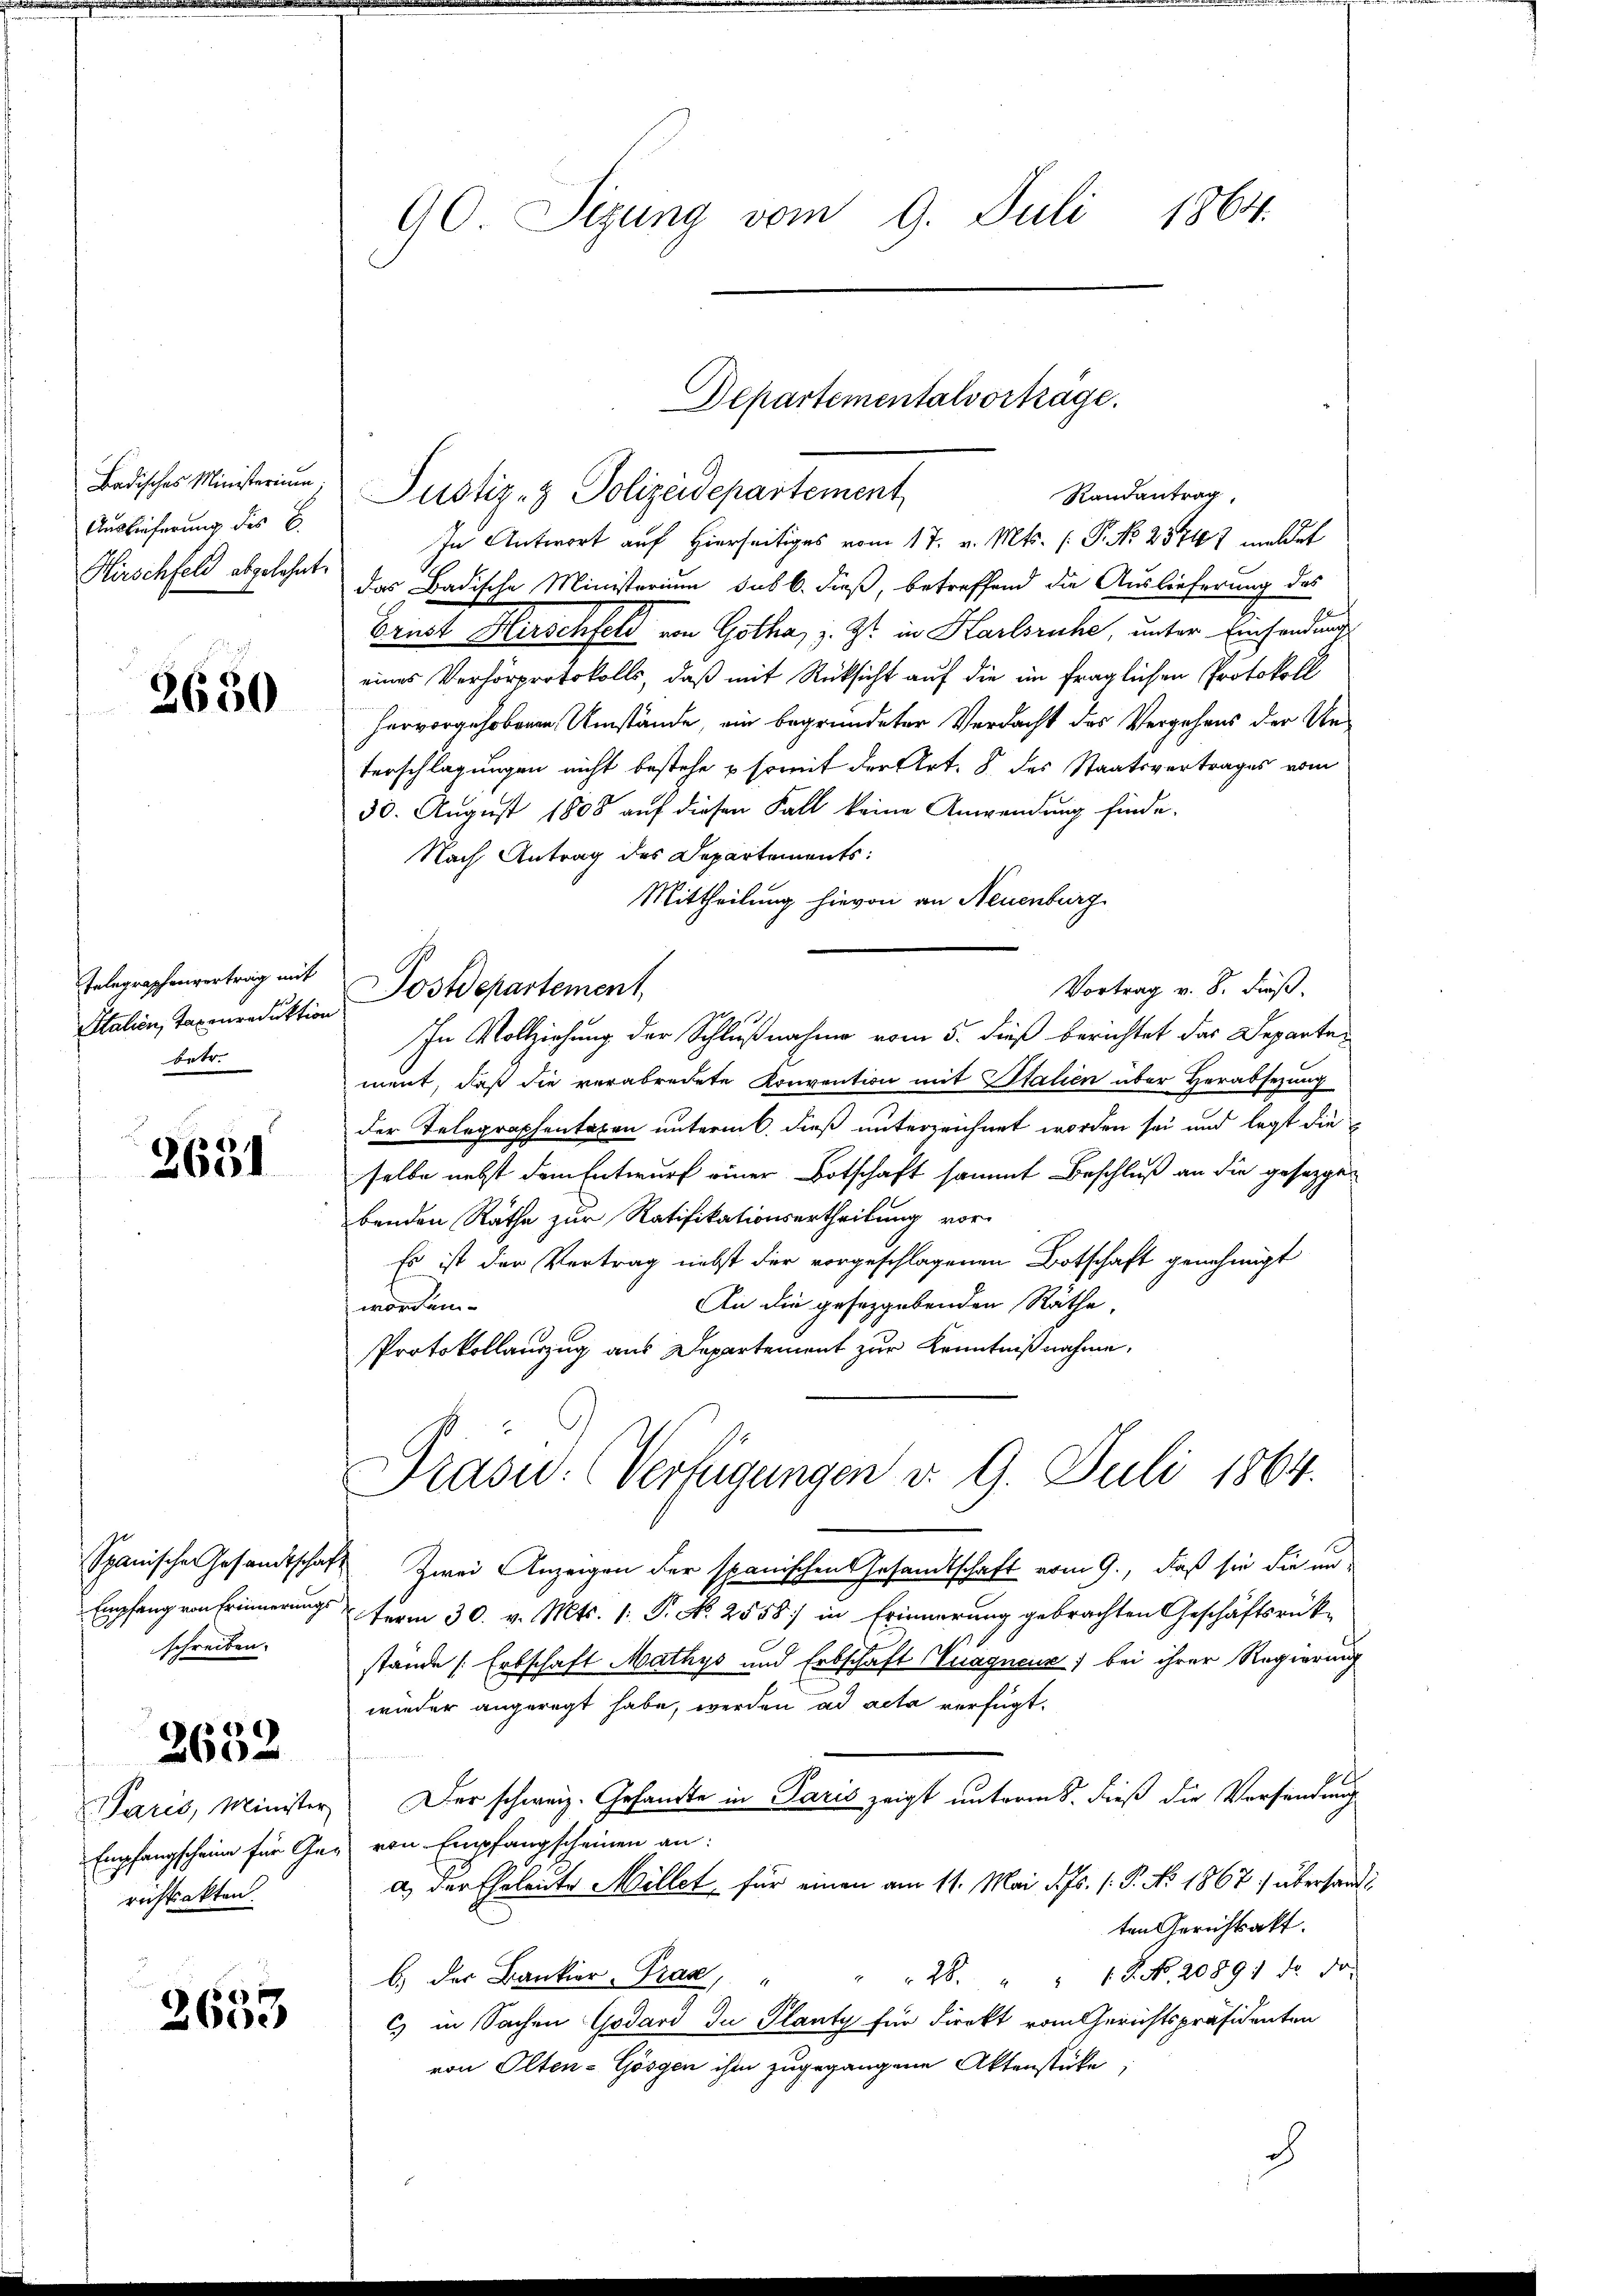
Badisches Ministerium.
Auslieferung des C.
Hirschfeld abgelehnt.

2650

Telegraphenvertrag mit
Italien, Taxenreduktion
betr.

2651

Spanische Gesandtschaf
schreiben.

2632

Paris, Minister
Empfangscheine für Gerichtsakten.

2653

90 Sizung vom 9. Juli 1864.

Randantrag,
In Antwort auf Hierseitiges vom 17. v. Mts. ( P. No 25747 meldet
das Badische Ministerium sub b. dieß, betreffend die Auslieferung des
Brust Herschfeld von Gotha, z. Zt. in Karlsruhe, unter Einsendung
eines Verhörprotokolls, daß mit Rücksicht auf die im fraglichen Protokoll
hervorgehobenen Umstände, ein begründeter Verdacht des Vergehens der Ue¬
Verschlagungen nicht bestehe & somit der Art. 8 des Staatsvertrages vom
30. August 1808 auf diesen Fall keine Anwendung finde.
Nach Antrag des Departements:
Mittheilung hievon an Neuenburg
Vortrag v. 8. dieß.
Postdepartement,
In Vollziehung der Schlußnahme vom 5. dieß berichtet das Departen
ment, daß die verabredete Konvention mit Stalien über Herabsezung
der Telegraphentaren unterm 6. dieß unterzeichnet worden sei und legt die
selbe nebst dem Entwurf einer Botschaft sammt Beschluß an die gesetzgebenden Räthe zur Ratifikationsertheilung vor-
Es ist der Vertrag nebst der vorgeschlagenen Botschaft genehmigt
An die gesetzgebenden Räthe,
worden
Protokollauszug aus Departement zur Kenntnißnahme.
Präsid. Verfügungen v. 9. Juli 1864.
 Zwei Anzeigen der spanischen Gesandtschaft vom 9., daß sie die un-
Empfang von Erinnerungs term 30. v. Mts. 1. P. No. 2558) in Erinnerung gebrachten Geschäftsrück-
stände Erbschaft Mathys und Erbschaft Vicagneur) bei ihrer Regierung
wieder angeregt habe, werden ad acta verfügt:
Der schweiz. Gesandte in Paris zeigt unterm 8. dieß die Versendung
 von Empfangscheinen an:
a) der Eheleute Millet, für einen am 11. Mai d. Js. (: P. Nr. 1867 :/ überhandten Gerichtsakt.
b. der Bankier, Prag, " " " 26. " " 12. No. 20891 de do
C) in Sachen Godard du Planty für direkt vom Gerichtspräsidenten
von Olten-Gösgen ihm zugegangene Aktenstücke,

Departementalvorträge.
Justiz- & Polizeidepartement,

c